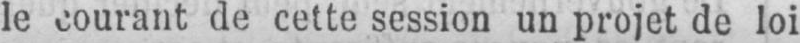
le courant de cette session un projet de loi